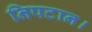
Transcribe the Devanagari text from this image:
निपटान।